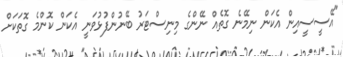
"އޭސީސީއިން އެކަން ނިމޭނެ ގޮތެއް ނޭންގެ މިނިސްޓަރު ބޭނުންފުޅުވަނީ އެކަން ކޮންމެ ގޮތަކަށް